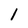
Character: 1